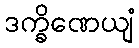
ဒက္ခိဏေယျံ